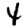
Digit: 4